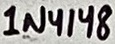
Text: 1N4148